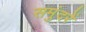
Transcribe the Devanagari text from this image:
समुंदरें